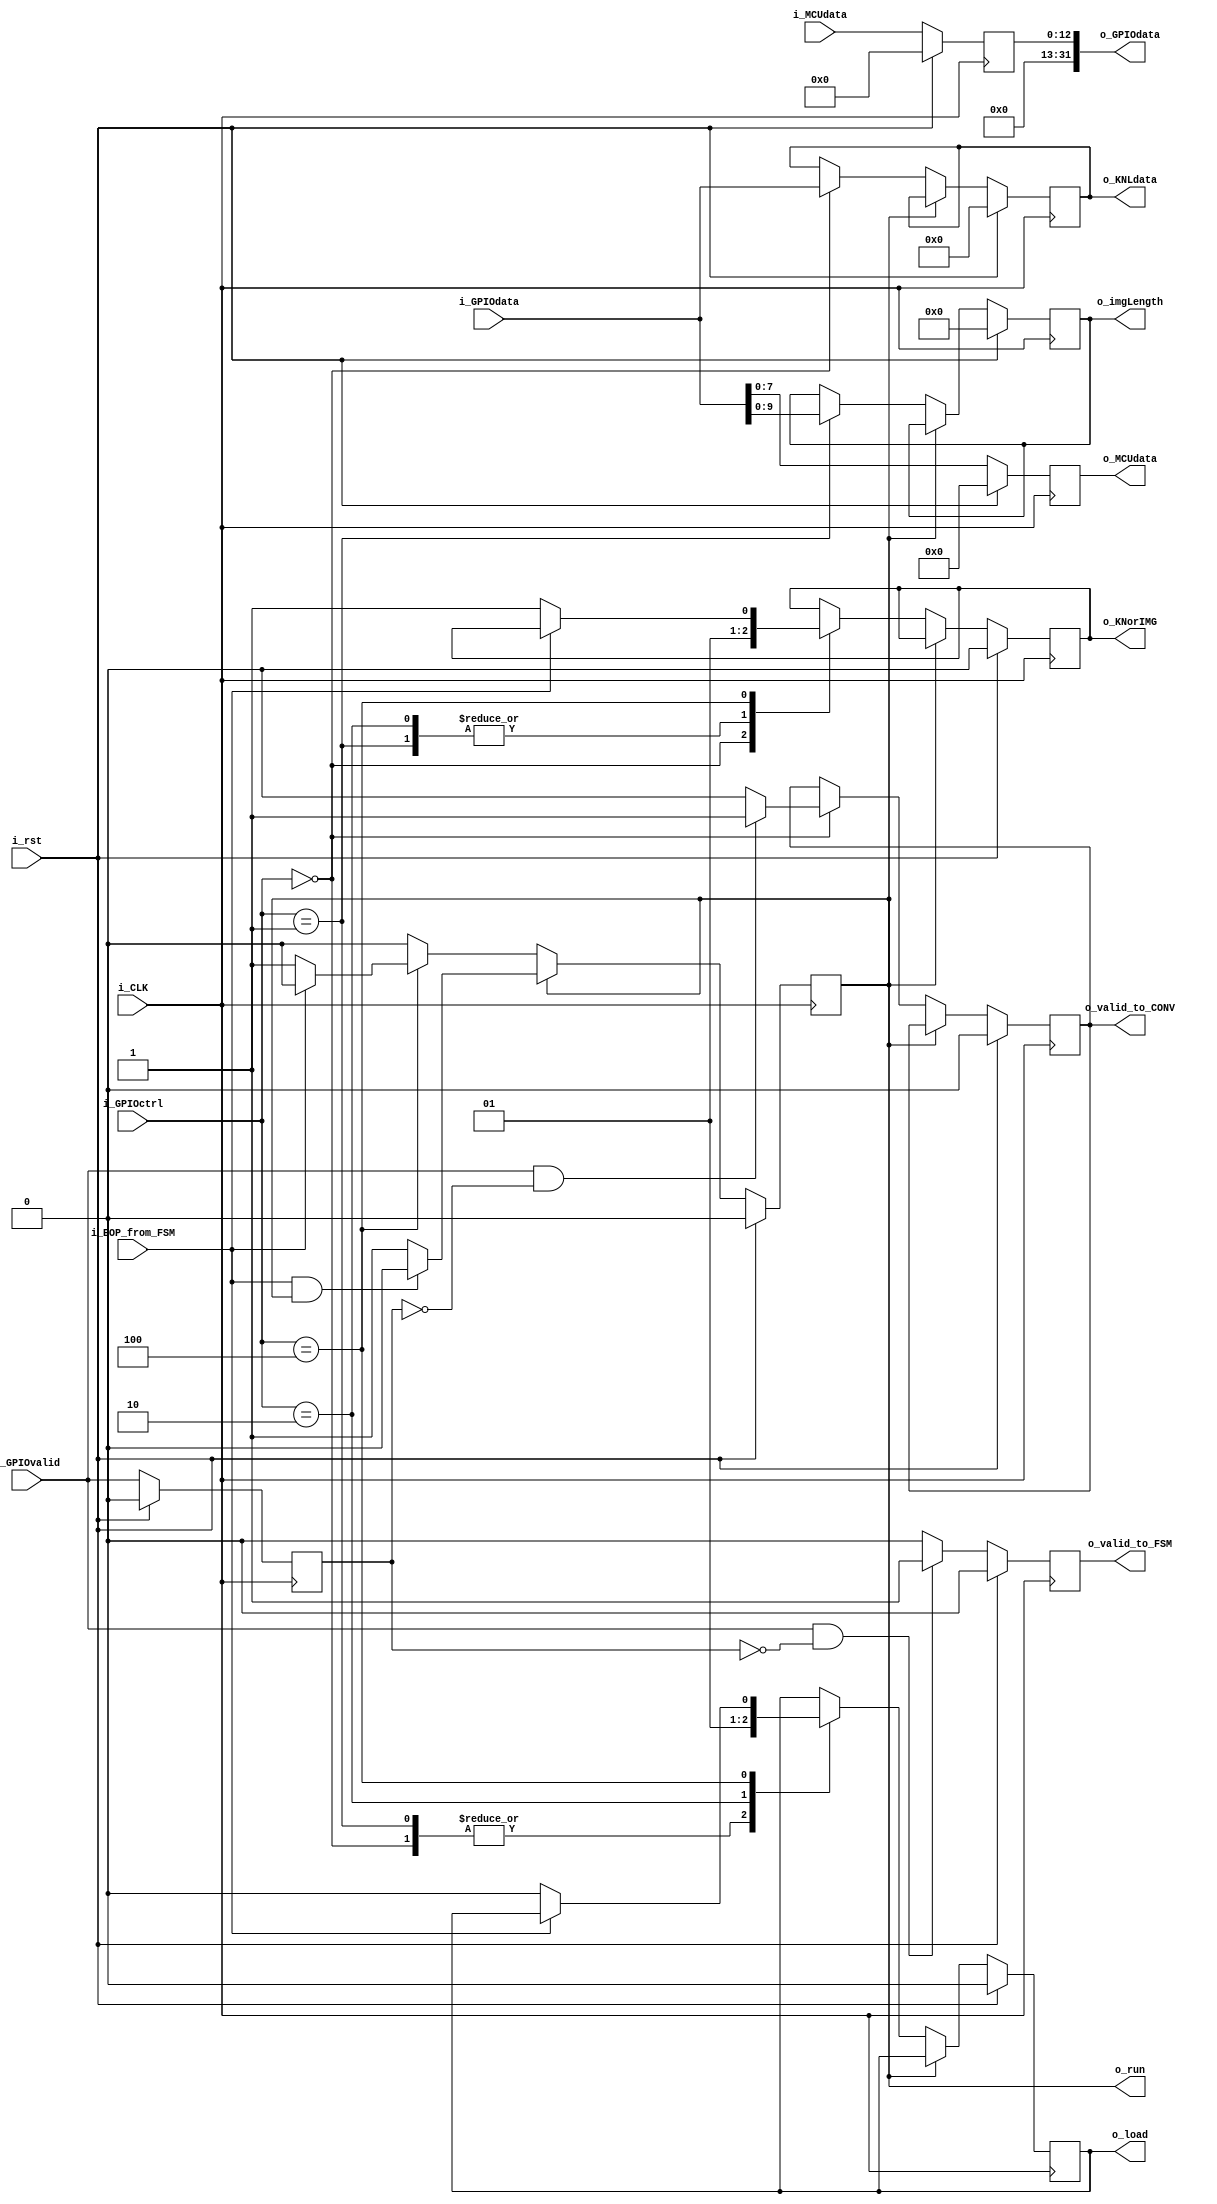
module ControlBlock(    //Definicion de puertos
                      input  [23:0] i_GPIOdata,
                      input  [12:0] i_MCUdata,
                      input   [2:0] i_GPIOctrl,
                      input         i_GPIOvalid,
                      input         i_rst,
                      input         i_CLK,
                      input         i_EOP_from_FSM,
                     
                     
                      output [31:0] o_GPIOdata,
                      output [23:0] o_KNLdata,
                      output [7:0] o_MCUdata,
                      output  [9:0] o_imgLength,
                      //output  [2:0] o_led, //o_estado
                      output        o_run,
                      output        o_valid_to_FSM,
                      output        o_valid_to_CONV,
                      output        o_KNorIMG,
                      output        o_load
);

    
     /*      Register file:
           
           BITS MS SIGNIFICATIVOS (GPIO[31:29])
           
                Cdigo instruccin              Accin
                
                     000                      Cargar kernell
                     001                      Cargar Img_size
                     010                      Cargar Imagen
                     011                      Pedir dato
                     100                      Cambio de estado (a precesamiento)
                     -----------------------------------------
                     101-111                  No utilizados
                     ---------------------------------------
           
           LSB ( GPIOctrl) -> VALID (bit 28 desde top_microblaze; estn los buses separados)
    
        */
      
  //Parametrizacin
  localparam Kernel_load     = 0; 
  localparam ImgSize_load    = 1; 
  localparam Img_load        = 2;
  localparam Data_request    = 3;
  localparam LoadFinish_goToRun     = 4;  

 

  reg    [23:0] dataKERNEL;
  reg    [12:0] dataGPIO;
  reg    [7:0] dataMCU;  
  reg    [9:0] imgLength;   
  reg           validFSM;
  reg           validCONV;
  reg           GPIO_valid_previous_state;
  reg           KI;
  reg           load_reg;
  reg           run_reg;
  //reg           go_to_leds;
  // En principio no haria falta el latcheo: reg [3:0] controlGPIO;
    
 //Registers:
  assign {o_valid_to_FSM}  = validFSM;
  assign {o_valid_to_CONV} = validCONV;
  assign {o_KNorIMG}       = KI;
  assign {o_imgLength}     = imgLength;
  assign {o_GPIOdata}      = dataGPIO;
  assign {o_MCUdata}       = dataMCU;
  assign {o_run}           = run_reg;
  assign {o_KNLdata}       = dataKERNEL;
  assign {o_load}          = load_reg;   
  
   
  //assign {o_led} = (i_GPIOctrl == Kernel_load )? 3'b001 : ( i_GPIOctrl == ImgSize_load)? 3'b010 : ( i_GPIOctrl == Img_load)? 3'b100: (i_GPIOctrl == Data_request )? 3'b011: (i_GPIOctrl == LoadFinish_goToRun)?3'b111: 3'b000 ;
  
         
    always @(posedge i_CLK) begin
    
       if(i_rst) begin
                      
                 
                 dataGPIO   <=    'd0;
                 load_reg   <= 'd0;
                dataKERNEL  <=  24'd0;
                   dataMCU  <=  8'd0;
                  imgLength <=  10'd0;
                 //go_to_led  <=   3'd0;
                  validFSM  <=   1'b0;
                 validCONV  <=   1'b0;
 GPIO_valid_previous_state  <=   1'b0;
                    run_reg <=   1'b0;
                        KI  <=   1'b0; //definido asi en la documentacin.
       end
       else begin    
           GPIO_valid_previous_state<=i_GPIOvalid;
           dataMCU<=i_GPIOdata;
           dataGPIO<=i_MCUdata;
           if (i_GPIOvalid && GPIO_valid_previous_state==1'b0)
               validFSM<=1'b1;
           else 
               validFSM<=1'b0;

              //!run_reg => no estoy en estado RUN (si estoy en el mismo, este modulo no cede el control)
              if(!run_reg) begin  
               
                case (i_GPIOctrl)
               
                        //Carga kernell
                        Kernel_load:  begin
                            run_reg<=1'b0;
                                         //Modo kernell activo por bajo
                                         load_reg<=1'b0;      
                                         KI<=1'b0;
                                         dataKERNEL<=i_GPIOdata;
                                         if (i_GPIOvalid && !GPIO_valid_previous_state)
                                                validCONV<=1'b1;
                                         else 
                                                validCONV<=1'b0;
                                 
                                      end
                                
                        //Carga del tamano de la imagen Img_length
                        ImgSize_load: begin
                            run_reg<=1'b0;
                                        KI<=1'b1;
                                        imgLength<=i_GPIOdata[9:0];
                                        load_reg<=1'b0;
                                        
                                        
                                      end 
            
                       //Cargar imagen
                        Img_load:     begin
                            run_reg<=1'b0;
                                         KI<=1'b1;
                                         //Levanto senal de carga para la FSM
                                         load_reg<=1'b1;
                                      end
                        
                                                                
                        LoadFinish_goToRun: begin
                            if(!i_EOP_from_FSM) begin
                                KI<=1'b1;
                                //Termino carga, paso a estado RUN. Se delega el control del sistema
                                
                                run_reg<=1'b1;
                                
                                //Bajo senal de carga para la FSM
                                load_reg <=1'b0;
                            end
                            
                            
                        end
                        default :   ;
                endcase 
                
           end else if(i_EOP_from_FSM && run_reg)
               run_reg = 0;
        end//End if/else rst
        
    end //End always
    
    
endmodule